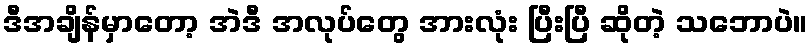
ဒီအချိန်မှာတော့ အဲဒီ အလုပ်တွေ အားလုံး ပြီးပြီ ဆိုတဲ့ သဘောပဲ။